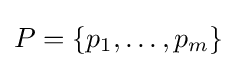
P=\{p_{1},\ldots ,p_{m}\}